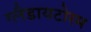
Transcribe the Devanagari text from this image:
ग्लैडायटोरम